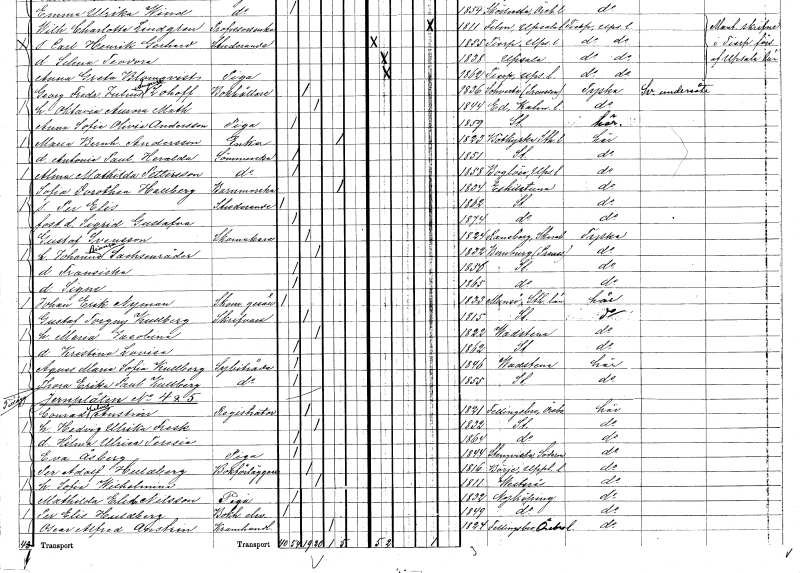
gt_parse: households: individuals: FN: Per Elis
YRKE: Studerande
KON: M
CIV: O
FODAR: 1862
FODFORS: Stockholm
FN: Sigrid Gustafva
KON: K
CIV: O
FODAR: 1874
FODFORS: Stockholm
FN: Gustaf
EN: Svensson
YRKE: Skomakare
KON: M
CIV: G
FODAR: 1824
FODFORS: Ransberg Skaraborgs län
FN: Johanna Bianca
EN: Sachsenråder
KON: K
CIV: G
FODAR: 1832
FN: Fransiska
KON: K
CIV: O
FODAR: 1856
FODFORS: Stockholm
FN: Signe
KON: K
CIV: O
FODAR: 1865
FODFORS: Stockholm
FN: Johan Erik
EN: Nyman
YRKE: Skomakaregesäll
KON: M
CIV: O
FODAR: 1833
FODFORS: Munsö Stockholms län
FN: Gustaf Torgny
EN: Kullberg
YRKE: Skrivare
KON: M
CIV: G
FODAR: 1815
FODFORS: Stockholm
FN: Maria Jacobina
KON: K
CIV: G
FODAR: 1822
FODFORS: Vadstena Östergötlands län
FN: Kristina Lovisa
KON: K
CIV: O
FODAR: 1862
FODFORS: Stockholm
FN: Agnes Maria Sofia
EN: Kullberg
YRKE: Sybiträde
KON: K
CIV: O
FODAR: 1846
FODFORS: Vadstena Östergötlands län
FN: Thora Erika Paulina
EN: Kullberg
YRKE: Sybiträde
KON: K
CIV: O
FODAR: 1855
FODFORS: Stockholm
FN: Conrad Julius
EN: Anstrin
YRKE: Registrator
KON: M
CIV: G
FODAR: 1821
FODFORS: Fellingsbro Örebro län
FN: Hedvig Ulrika
EN: Fresk
KON: K
CIV: G
FODAR: 1832
FODFORS: Stockholm
FN: Hilma Ulrica Teresia
KON: K
CIV: O
FODAR: 1864
FODFORS: Stockholm
FN: Eva
EN: Åsberg
YRKE: Piga
KON: K
CIV: O
FODAR: 1844
FODFORS: Stenkvista Södermanlands län
FN: Per Adolf
EN: Huldberg
YRKE: Bokförläggare
KON: M
CIV: G
FODAR: 1816
FODFORS: Börje Uppsala län
FN: Sofia Wilhelmina
KON: K
CIV: G
FODAR: 1811
FODFORS: Västerås Västmanlands län
FN: Mathilda Elisabet
EN: Nilsson
YRKE: Piga
KON: K
CIV: O
FODAR: 1832
FODFORS: Nyköping Södermanlands län
FN: Per Elis
EN: Huldberg
YRKE: Bokhållareelev
KON: M
CIV: O
FODAR: 1849
FODFORS: Nyköping Södermanlands län
FN: Oscar Alfred
EN: Anstrin
YRKE: Kramhandlare
KON: M
CIV: E
FODAR: 1824
FODFORS: Fellingsbro Örebro län